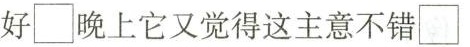
好\Box晚上它又觉得这主意不错\Box